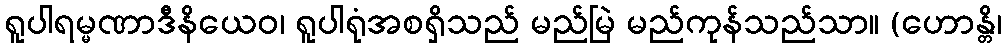
ရူပါရမ္မဏာဒီနိယေဝ၊ ရူပါရုံအစရှိသည် မည်မြဲ မည်ကုန်သည်သာ။ (ဟောန္တိ၊